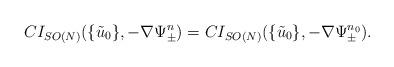
LaTeX: \begin{align*}CI_{SO(N)}(\{\tilde{u}_0\},-\nabla \Psi^n_{\pm})=CI_{SO(N)}(\{\tilde{u}_0\},-\nabla \Psi^{n_0}_{\pm}).\end{align*}